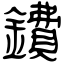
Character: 鐨